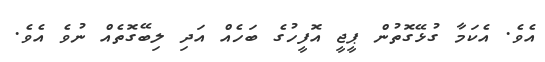
އެވެ. އެކަމާ ގުޅޭގޮތުން ޕީޖީ އޮފީހުގެ ބަހެއް އަދި ލިބޭގޮތެއް ނުވެ އެވެ.